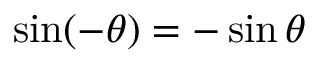
\sin ( - \theta ) = - \sin \theta